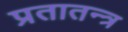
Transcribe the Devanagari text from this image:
प्रतातन्त्र